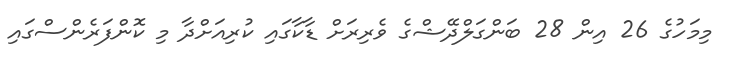
މިމަހުގެ 26 އިން 28 ބަންގަލްދޭޝްގެ ވެރިރަށް ޑާކާގައި ކުރިއަށްދާ މި ކޮންފަރެންސްގައި